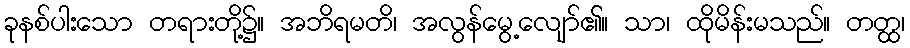
ခုနစ်ပါးသော တရားတို့၌။ အဘိရမတိ၊ အလွန်မွေ့လျော်၏။ သာ၊ ထိုမိန်းမသည်။ တတ္ထ၊